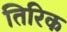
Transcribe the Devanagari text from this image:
तिरिक